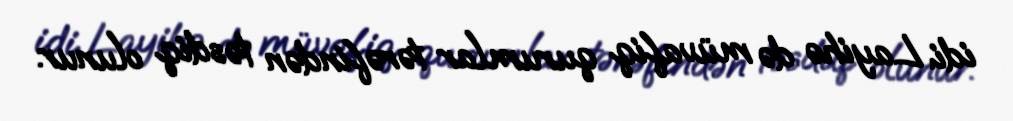
idi. Layihə də müvafiq qurumlar tərəfindən təsdiq olunur.